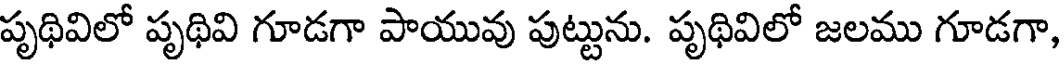
పృథివిలో పృథివి గూడగా పాయువు పుట్టును. పృథివిలో జలము గూడగా,